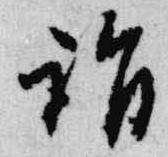
詣